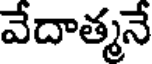
వేదాత్మనే